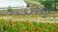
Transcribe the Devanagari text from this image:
अस्मितांना